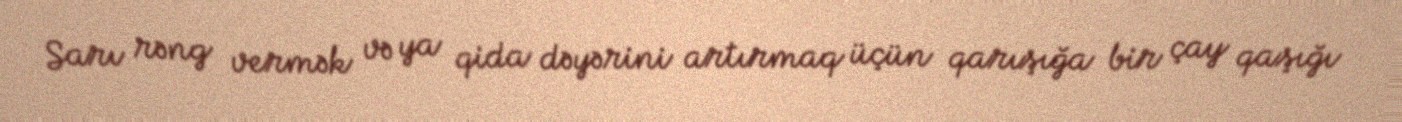
Sarı rəng vermək və ya qida dəyərini artırmaq üçün qarışığa bir çay qaşığı